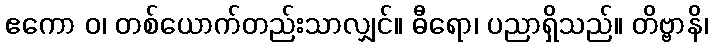
ဧကော ဝ၊ တစ်ယောက်တည်းသာလျှင်။ ဓီရော၊ ပညာရှိသည်။ တိဗ္ဗာနိ၊